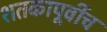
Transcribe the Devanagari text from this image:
शतकापूर्वीच